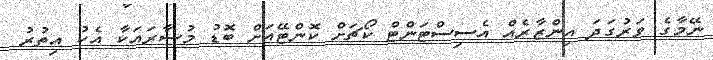
ނޭމާގެ ވަރުގަދަ އިންޒާރެއް އެސިސްޓަންޓް ކޯޗަށް ކޮންޓޭއަށް ބޮޑު މުސާރައަކާ އެކު އިތުރު